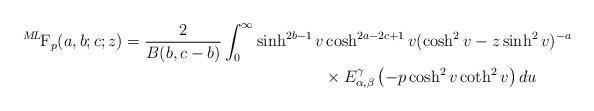
LaTeX: \begin{align*} {}^{M\!L\!}\textrm{F}_{p}(a,b;c;z)= \frac{2}{B(b,c-b)} \int_{0}^{\infty}\sinh^{2b-1}v&\cosh^{2a-2c+1}v(\cosh^{2}v-z\sinh^{2}v)^{-a}& \\ & \times E_{\alpha, \beta}^{\gamma}\left(-p\cosh^{2}v\coth^{2}v\right)du&\end{align*}